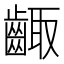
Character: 齱